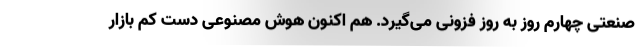
صنعتی چهارم روز به روز فزونی می‌گیرد. هم اکنون هوش مصنوعی دست کم بازار